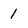
Character: 1